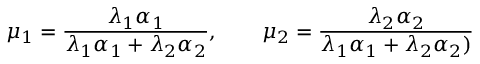
\mu _ { 1 } = \frac { \lambda _ { 1 } \alpha _ { 1 } } { \lambda _ { 1 } \alpha _ { 1 } + \lambda _ { 2 } \alpha _ { 2 } } , \qquad \mu _ { 2 } = \frac { \lambda _ { 2 } \alpha _ { 2 } } { \lambda _ { 1 } \alpha _ { 1 } + \lambda _ { 2 } \alpha _ { 2 } ) }